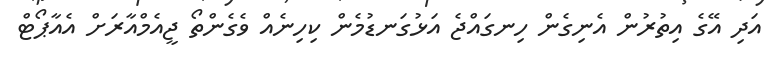
އަދި އޭގެ އިތުރުން އެނިގެން ހިނގައްޖެ އަޅުގަނޑުމެން ކިހިނެއް ވެގެންތޯ ޖީއެމްއާރަށް އެއާޕޯޓް